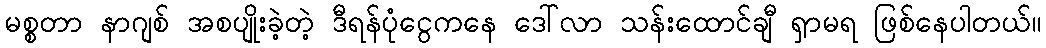
မစ္စတာ နာဂျစ် အစပျိုးခဲ့တဲ့ ဒီရန်ပုံငွေကနေ ဒေါ်လာ သန်းထောင်ချီ ရှာမရ ဖြစ်နေပါတယ်။